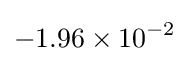
-1.96\times 10^{-2}